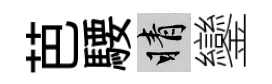
芭騕睛鑾